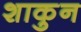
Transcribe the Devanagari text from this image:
शाकुन